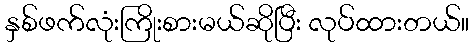
နှစ်ဖက်လုံးကြိုးစားမယ်ဆိုပြီး လုပ်ထားတယ်။